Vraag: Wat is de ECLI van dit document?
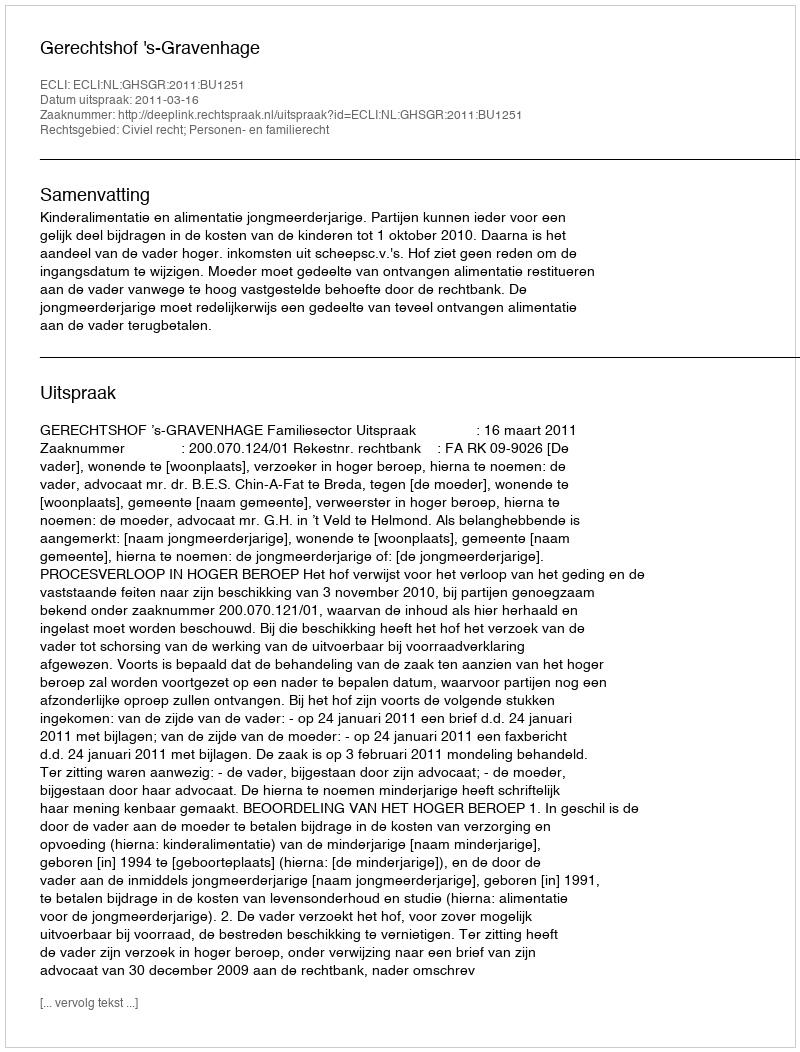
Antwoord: ECLI:NL:GHSGR:2011:BU1251